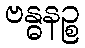
ဗန္ဓနဉ္စ